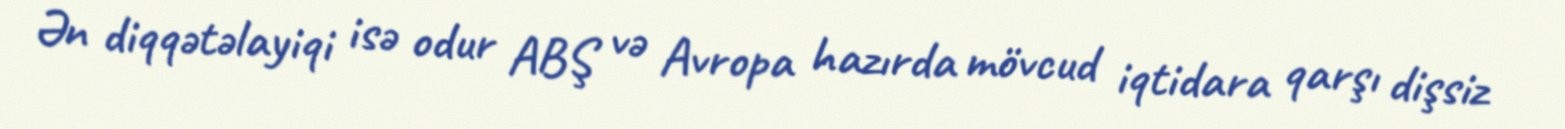
Ən diqqətəlayiqi isə odur ABŞ və Avropa hazırda mövcud iqtidara qarşı dişsiz